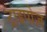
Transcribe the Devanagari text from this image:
ट्राइपोज़